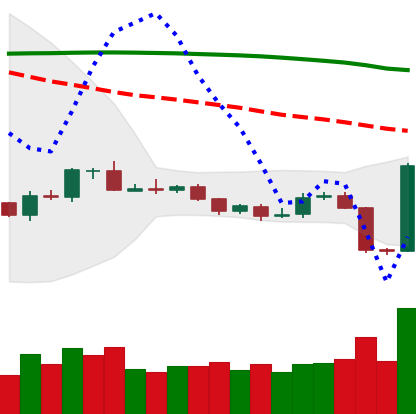
Ticker: BTC-USD
Chart end date: 2019-10-25
Forward return: 6.293%
Label: up_5_7